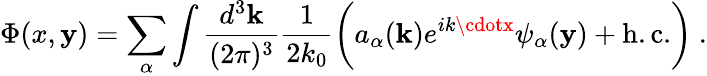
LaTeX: \Phi(x,\mathbf{y})=\sum_{\alpha}\int\frac{{d^{3}{\mathbf{k}}}}{{(2\pi)^{3}}}\frac{{1}}{{2k_{0}}}\biggl(a_{\alpha}({\mathbf{k}})e^{ik\cdotx}\psi_{\alpha}(\mathbf{y})+\mathrm{{h.c.}}\biggr)\ .